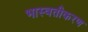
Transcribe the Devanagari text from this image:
भास्वतीकरण